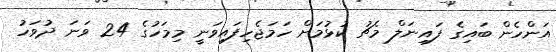
އަންހެން ބައިގެ ފައިނަލް މެޗު ކުޅުމަށް ހަމަޖެހިފައިވަނީ މިމަހުގެ 24 ވަނަ ދުވަހު